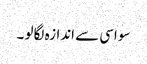
سو اسی سے اندازہ لگا لو ۔